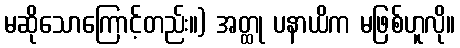
မဆိုသောကြောင့်တည်း။) အတ္ထု ပနာယိက မဖြစ်ဟူလို။